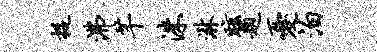
捉沸芊洙淋眩题忧泊